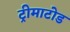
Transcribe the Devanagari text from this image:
ट्रीमाटोड